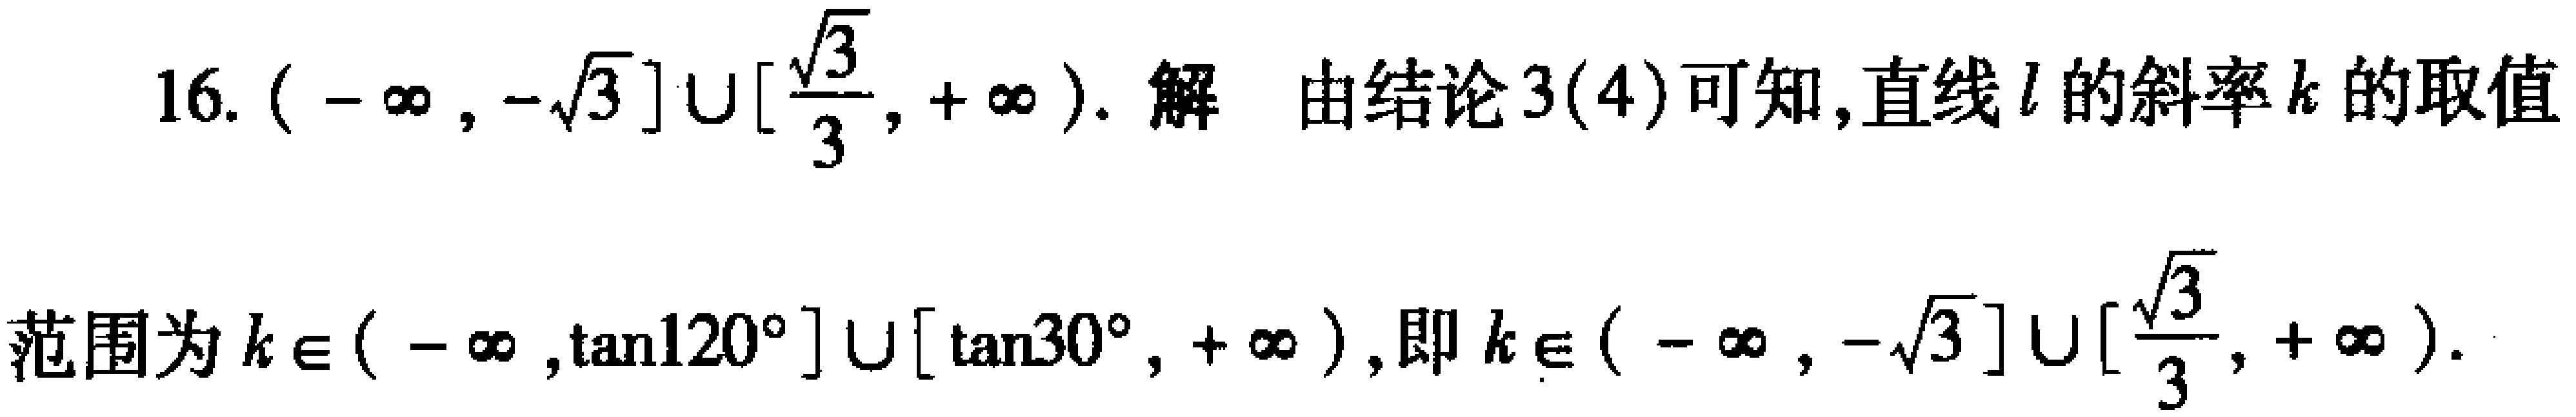
16. \((-\infty,-\sqrt{3}]\cup[\frac{\sqrt{3}}{3},+\infty)\). 解 由结论3(4)可知,直线\(l\)的斜率\(k\)的取值范围为\(k\in(-\infty,\tan120^{\circ}]\cup[\tan30^{\circ},+\infty)\),即\(k\in(-\infty,-\sqrt{3}]\cup[\frac{\sqrt{3}}{3},+\infty)\).